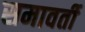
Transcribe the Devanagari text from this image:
समावर्ती